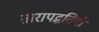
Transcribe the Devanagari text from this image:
तारापद्धतियों